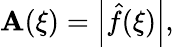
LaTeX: \mathbf{A}(\xi)=\left|{\hat{{f}}}(\xi)\right|,